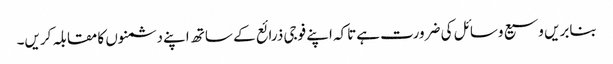
بنابریں وسیع وسائل کی ضرورت ہےتاکہ اپنے فوجی ذرائع کے ساتھ اپنے دشمنوں کا مقابلہ کریں۔